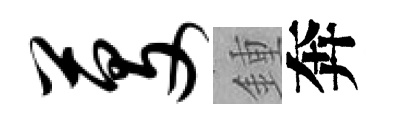
芟鍾奔